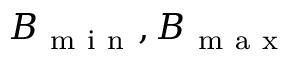
B _ { \mathrm { ~ m ~ i ~ n ~ } } , B _ { \mathrm { ~ m ~ a ~ x ~ } }